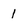
Character: 1